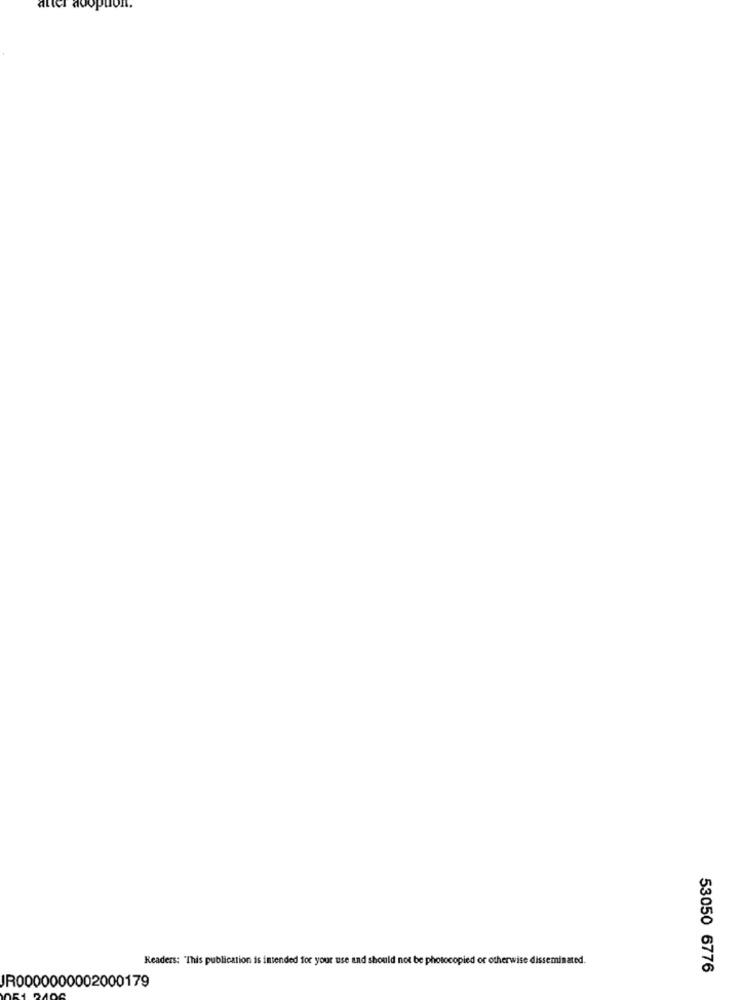
Readers: "This publication is intended for your use and should not be photocopied or otherwise disseminated.
53050 6776
JR0000000002000179